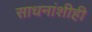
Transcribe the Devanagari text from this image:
साधनांशीही